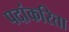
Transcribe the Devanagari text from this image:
पदांकरिता